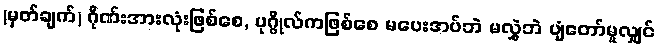
(မှတ်ချက်) ဂိုဏ်းအားလုံးဖြစ်စေ, ပုဂ္ဂိုလ်ကဖြစ်စေ မပေးအပ်ဘဲ မလွှဲဘဲ ပျံတော်မူလျှင်